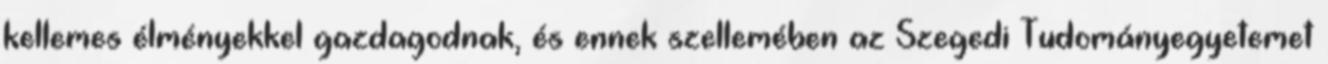
kellemes élményekkel gazdagodnak, és ennek szellemében az Szegedi Tudományegyetemet